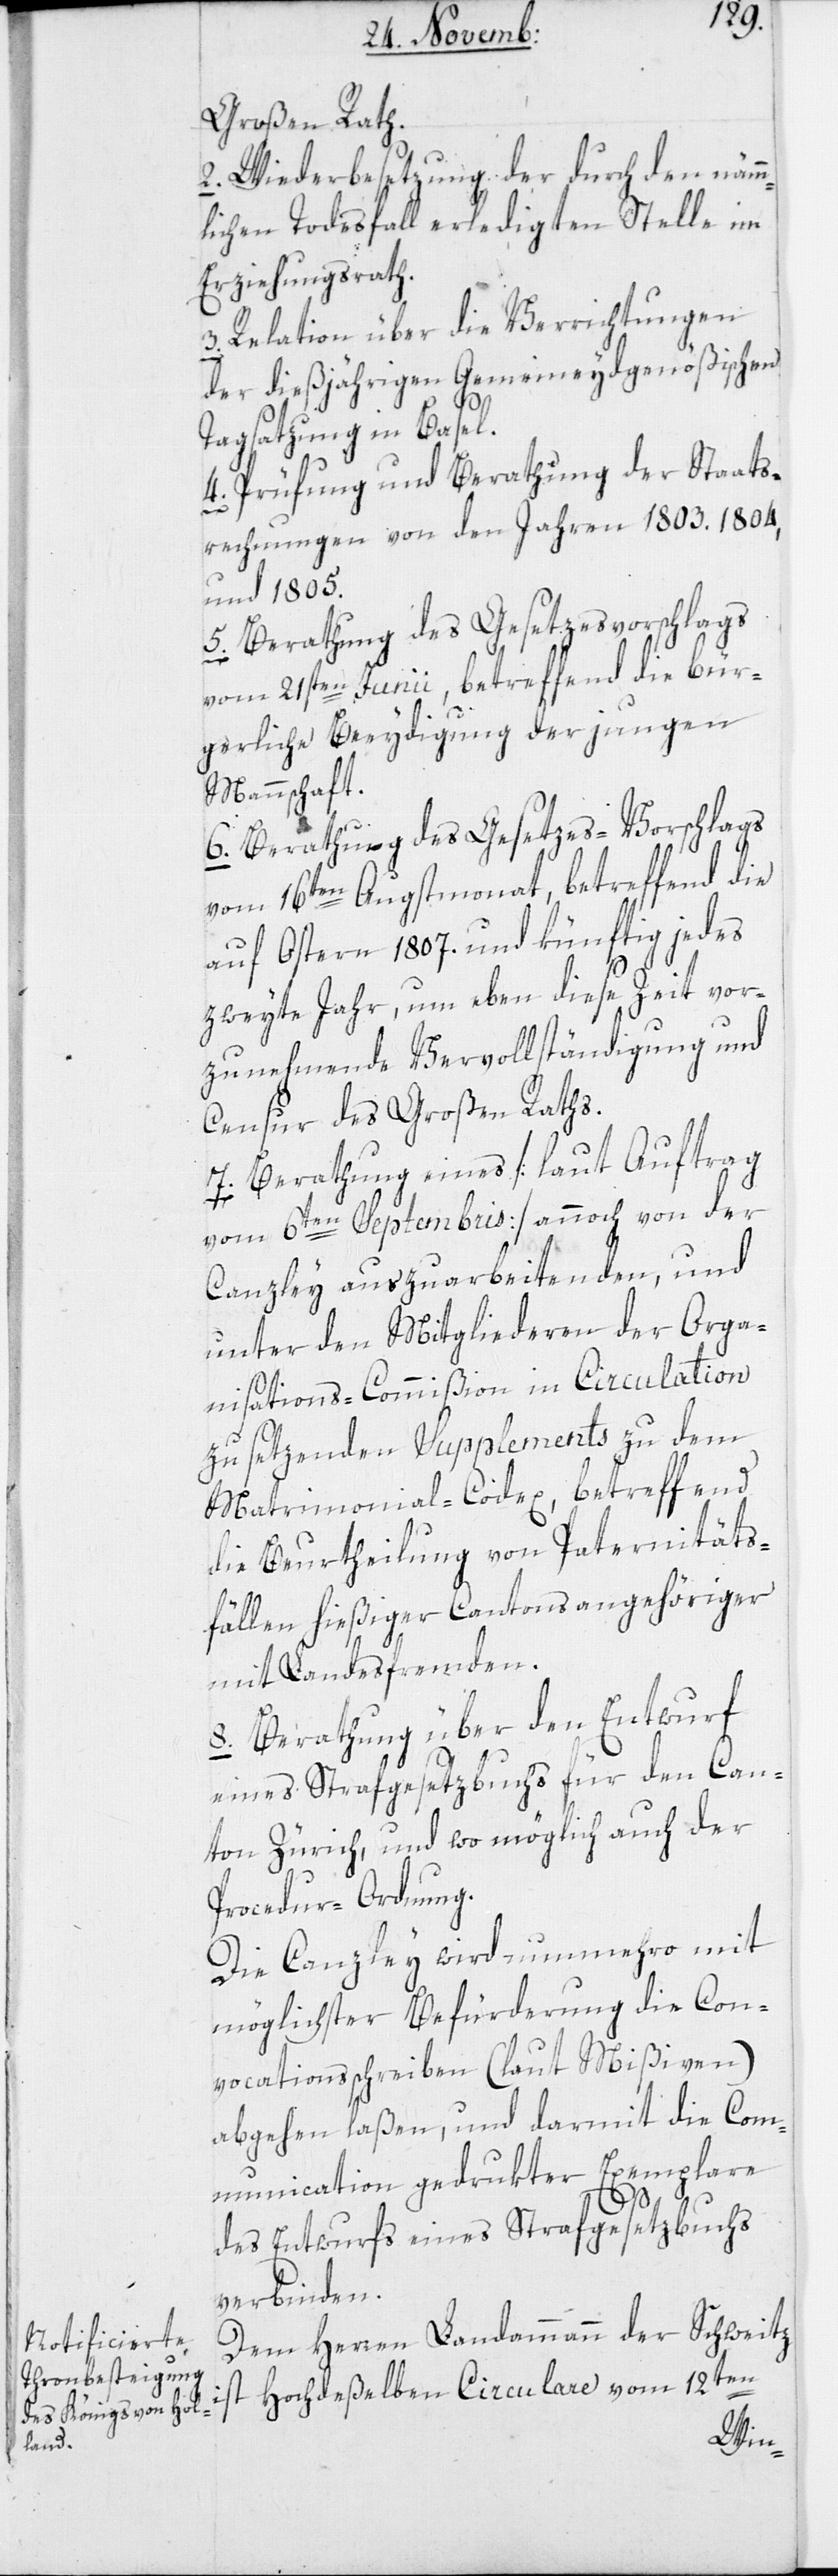
Großen Rath.
2. Wiederbesetzung der durch den nämm¬
lichen Todesfall erledigten Stelle im
Erziehungsrath.
3. Relation über die Verrichtungen
der dießjährigen Gemeineydgenößischen
Tagsatzung in Basel.
4. Prüfung und Berathung der Staats¬
rechnungen von den Jahren 1803. 1804,
und 1805.
6. Berathung des Gesetzesvorschlags
vom 21sten Junii, betreffend die bür¬
gerliche Beeydigung der jungen
Mannschaft.
vom 16ten Augstmonat, betreffend die
auf Ostern 1807. und künftig jedes
zweyte Jahr, um eben diese Zeit vor¬
zunehmende Vervollständigung und
Censur des Großen Raths.
7. Berathung eines [laut Auftrag
vom 6ten Septembris] annoch von der
Canzley auszuarbeitenden, und
unter den Mitgliederen der Orga¬
nisations-Commißion in Circulation
zu setzenden Supplements zu dem
Matrimonial-Codex, betreffend
die Beurtheilung von Paternitäts¬
fällen hießiger Cantonsangehöriger
mit Landesfremden.
8. Berathung über den Entwurf
eines Strafgesetzbuchs für den Can¬
ton Zürich, und wo möglich auch der
Procedur-Ordnung.
Die Canzley wird nunmehro mit
möglichster Befürderung die Con¬
vocationsschreiben (laut Mißiven)
abgehen laßen, und darmit die Com¬
munication gedrukter Exemplare
des Entwurfs eines Strafgesetzbuchs
verbinden.
Dem Herren Landammann der Schweitz
ist Hochdeßelben Circulare vom 12ten